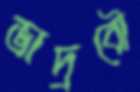
ভাদ্রবৌ